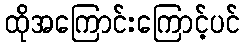
ထိုအကြောင်းကြောင့်ပင်